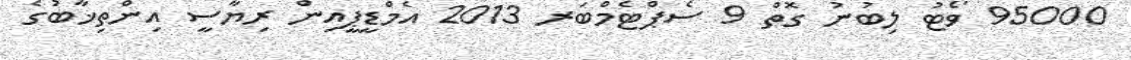
95000 ވޯޓު ލިބުނު ގޮތް 9 ސެޕްޓެމްބަރ 2013 އެމްޑީޕީއިން ރިޔާސީ އިންތިޚާބުގެ